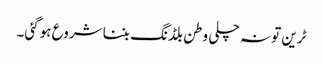
ٹرین تو نہ چلی وطن بلڈنگ بننا شروع ہوگئی۔